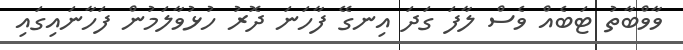
ވާވްބާތު ޓަބެއް ވެސް ލާފަ ގަދަ އިނގޭ ފާހަނަ ދޮރު ހުޅުވާލަމުން ފަހާނައިގައި